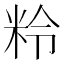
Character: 𥹕